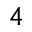
4